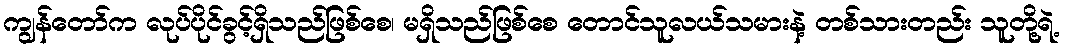
ကျွန်တော်က လုပ်ပိုင်ခွင့်ရှိသည်ဖြစ်စေ၊ မရှိသည်ဖြစ်စေ တောင်သူလယ်သမားနဲ့ တစ်သားတည်း သူတို့ရဲ့